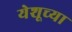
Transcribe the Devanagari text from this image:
येशूच्‍या